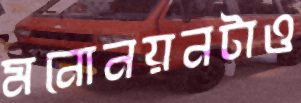
মনোনয়নটাও